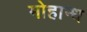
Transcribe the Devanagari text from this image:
मोहान्ध